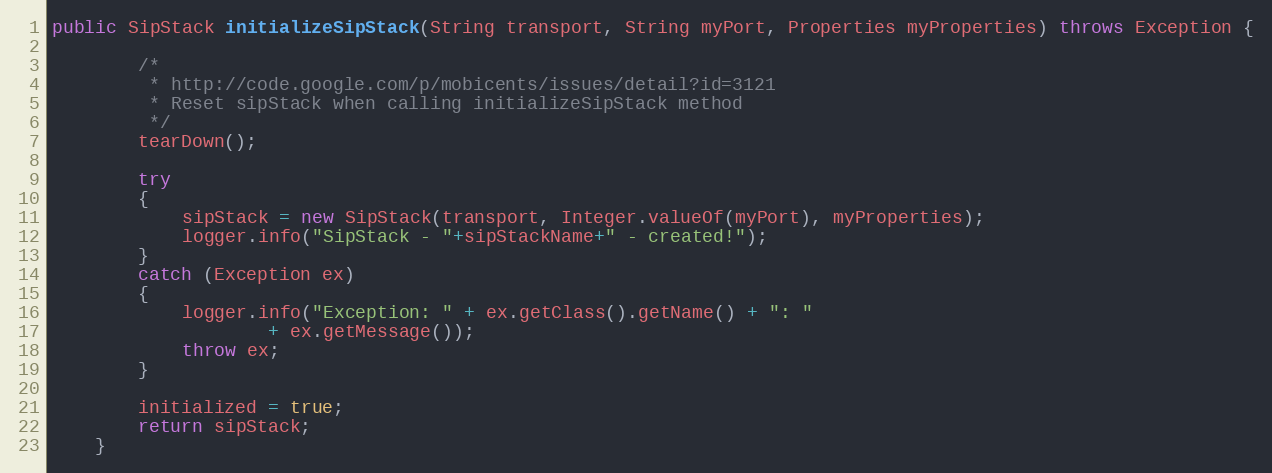
Language: Java
public SipStack initializeSipStack(String transport, String myPort, Properties myProperties) throws Exception {

		/*
		 * http://code.google.com/p/mobicents/issues/detail?id=3121
		 * Reset sipStack when calling initializeSipStack method
		 */
		tearDown();

		try
		{
			sipStack = new SipStack(transport, Integer.valueOf(myPort), myProperties);
			logger.info("SipStack - "+sipStackName+" - created!");
		}
		catch (Exception ex)
		{
			logger.info("Exception: " + ex.getClass().getName() + ": "
					+ ex.getMessage());
			throw ex;
		}

		initialized = true;
		return sipStack;
	}